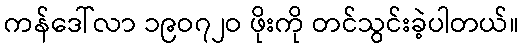
ကန်ဒေါ်လာ ၁၉ဝ၇၂ဝ ဖိုးကို တင်သွင်းခဲ့ပါတယ်။